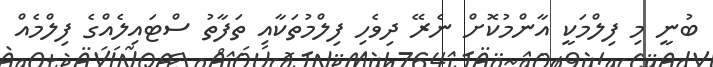
ބުނީ މި ފިލްމަކީ އާންމުކޮށް ނެރޭ ދިވެހި ފިލްމުތަކާއި ތަފާތު ސްޓައިލެއްގެ ފިލްމެއް